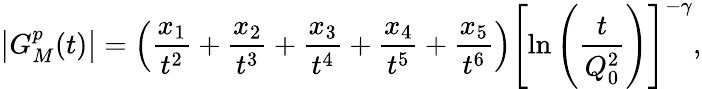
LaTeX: \left|G_{M}^{p}(t)\right|=\left(\frac{x_{1}}{t^{2}}+\frac{x_{2}}{t^{3}}+\frac{x_{3}}{t^{4}}+\frac{x_{4}}{t^{5}}+\frac{x_{5}}{t^{6}}\right)\left[\ln\left(\frac{t}{Q_{0}^{2}}\right)\right]^{-\gamma},